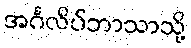
အင်္ဂလိပ်ဘာသာသို့